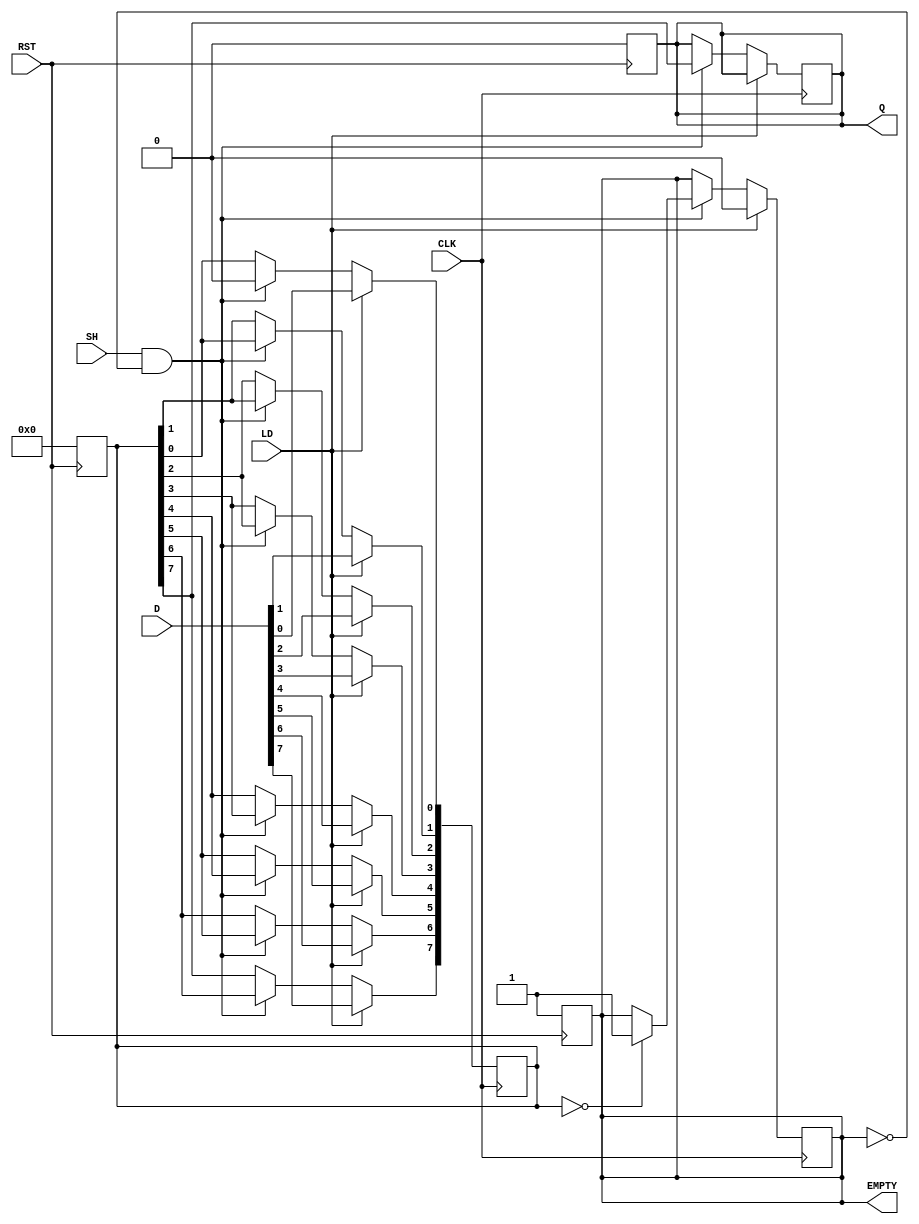
module PISO_Register #(
    parameter WIDTH = 8 // Width of the data input
)(
    input wire [WIDTH-1:0] D,      // Parallel data input
    input wire LD,                  // Load control signal
    input wire SH,                  // Shift control signal
    input wire CLK,                 // Clock signal
    input wire RST,                 // Reset signal (optional)
    output reg Q,                   // Serial output
    output reg EMPTY                // Empty signal
);

    reg [WIDTH-1:0] shift_reg;      // Shift register to hold data
    integer i;                       // Loop variable

    // Asynchronous reset
    always @(posedge RST) begin
        shift_reg <= {WIDTH{1'b0}};  // Clear the shift register
        Q <= 1'b0;                   // Clear the serial output
        EMPTY <= 1'b1;               // Register is empty
    end

    // Edge-triggered behavior on clock
    always @(posedge CLK) begin
        if (LD) begin
            // Load data into shift register
            shift_reg <= D;
            EMPTY <= 1'b0;           // Register is not empty after loading
        end else if (SH && !EMPTY) begin
            // Shift data out
            Q <= shift_reg[WIDTH-1]; // Output the MSB
            // Shift the register left
            for (i = WIDTH-1; i > 0; i = i - 1) begin
                shift_reg[i] <= shift_reg[i-1];
            end
            shift_reg[0] <= 1'b0;      // Fill the LSB with 0 after shifting
            // Check if register is empty
            if (shift_reg == {WIDTH{1'b0}}) begin
                EMPTY <= 1'b1;         // Register is empty after shifting
            end
        end
    end

endmodule